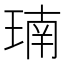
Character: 𪻳